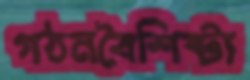
গঠনবৈশিষ্ট্য